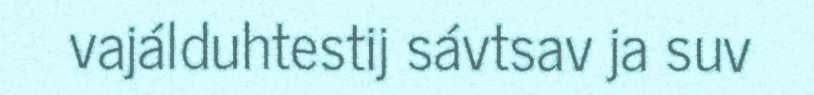
vajálduhtestij sávtsav ja suv